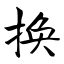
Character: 换